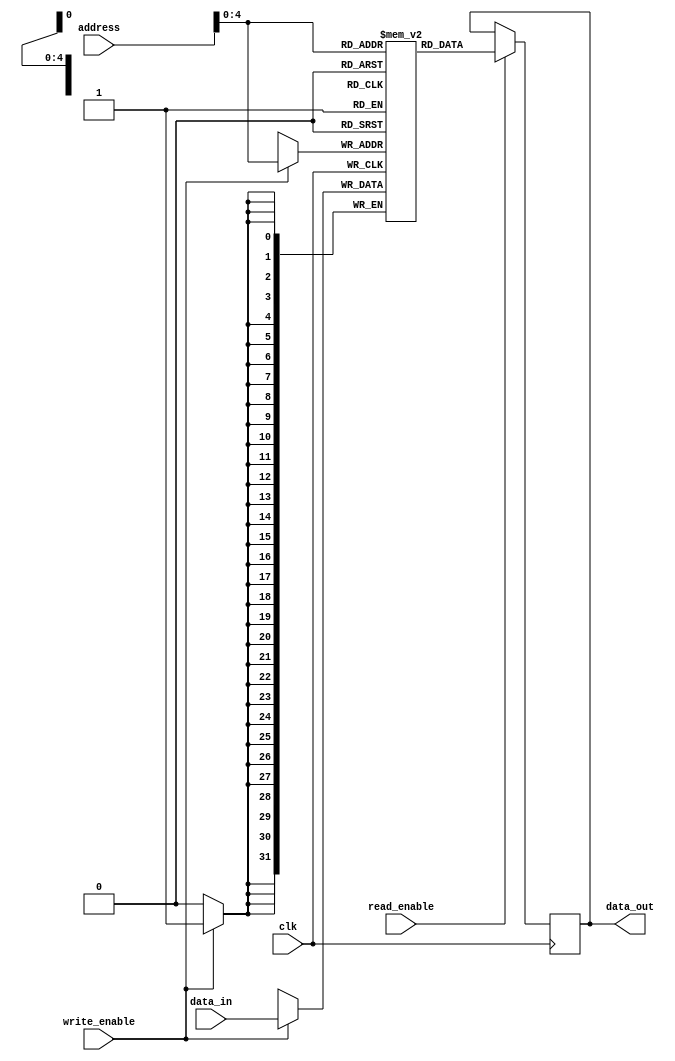
module single_port_register_file (
    input wire [31:0] address,
    input wire [31:0] data_in,
    output reg [31:0] data_out,
    input wire write_enable,
    input wire read_enable,
    input wire clk
);

reg [31:0] memory [0:31]; // Assuming 32 memory blocks

always @(posedge clk) begin
    if (write_enable) begin
        memory[address] <= data_in;
    end
    if (read_enable) begin
        data_out <= memory[address];
    end
end

endmodule